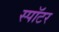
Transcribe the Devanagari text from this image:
स्पॉटर